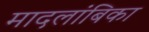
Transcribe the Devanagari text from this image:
मादलांबिका